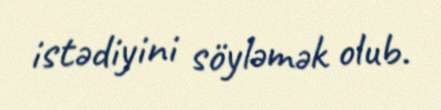
istədiyini söyləmək olub.